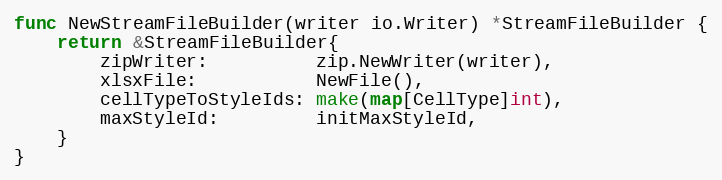
Language: Go
func NewStreamFileBuilder(writer io.Writer) *StreamFileBuilder {
	return &StreamFileBuilder{
		zipWriter:          zip.NewWriter(writer),
		xlsxFile:           NewFile(),
		cellTypeToStyleIds: make(map[CellType]int),
		maxStyleId:         initMaxStyleId,
	}
}